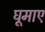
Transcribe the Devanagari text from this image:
घूमाए